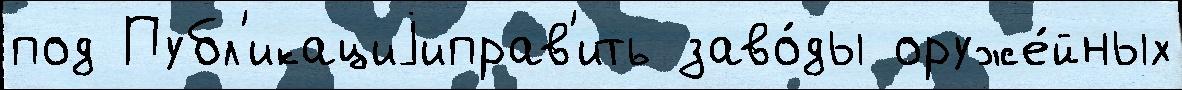
под Публ'икациjиправ'ить заво́ды оруже́йных